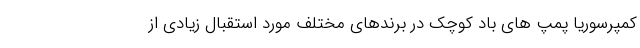
کمپرسوریا پمپ های باد کوچک در برندهای مختلف مورد استقبال زیادی از